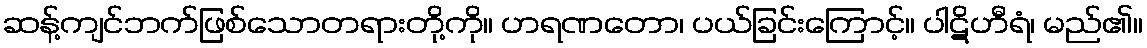
ဆန့်ကျင်ဘက်ဖြစ်သောတရားတို့ကို။ ဟရဏတော၊ ပယ်ခြင်းကြောင့်။ ပါဋိဟီရံ၊ မည်၏။